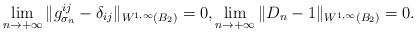
LaTeX: \begin{align*} \lim_{n\rightarrow + \infty} \| g^{ij}_{\sigma_n}- \delta_{ij}\|_{W^{1, \infty} (B_2)}=0, \lim_{n\rightarrow + \infty} \| D_n- 1\|_{W^{1, \infty} (B_2)}=0. \end{align*}